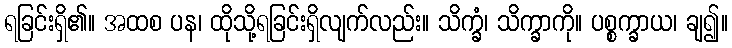
ရခြင်းရှိ၏။ အထစ ပန၊ ထိုသို့ရခြင်းရှိလျက်လည်း။ သိက္ခံ၊ သိက္ခာကို။ ပစ္စက္ခာယ၊ ချ၍။